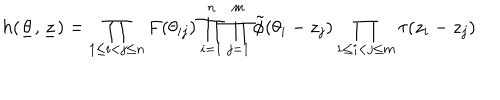
h ( \underline { { { \theta } } } , { \underline { { { z } } } } ) = \prod _ { 1 \le i < j \le n } F ( \theta _ { i j } ) \prod _ { i = 1 } ^ { n } \prod _ { j = 1 } ^ { m } \tilde { \phi } ( \theta _ { i } - z _ { j } ) \prod _ { 1 \le i < j \le m } \tau ( z _ { i } - z _ { j } )